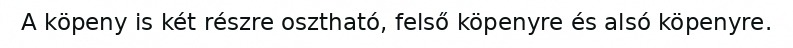
A köpeny is két részre osztható, felső köpenyre és alsó köpenyre.